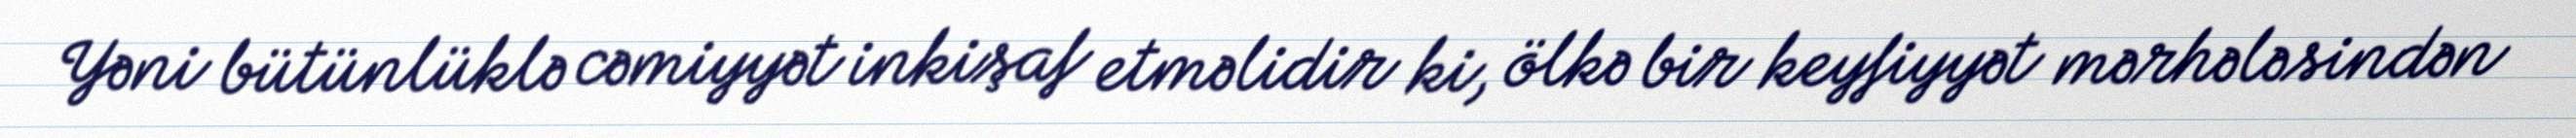
Yəni bütünlüklə cəmiyyət inkişaf etməlidir ki, ölkə bir keyfiyyət mərhələsindən